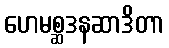
ဟေမစ္ဆဒနဆာဒိတာ